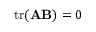
\operatorname { t r } ( \mathbf { A } \mathbf { B } ) = 0